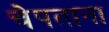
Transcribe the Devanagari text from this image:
चेपताना